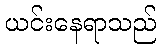
ယင်းနေရာသည်